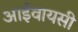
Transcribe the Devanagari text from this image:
आईवायसी